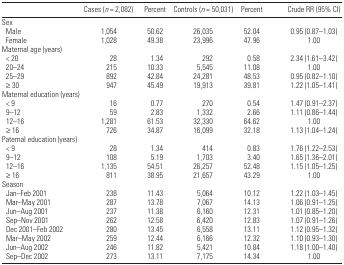
<table><thead><tr><td></td><td><b>Cases (<i>n</i> = 2,082)</b></td><td><b>Percent</b></td><td><b>Controls (<i>n</i> = 50,031)</b></td><td><b>Percent</b></td><td><b>Crude RR (95% CI)</b></td></tr></thead><tbody><tr><td colspan="6">Sex</td></tr><tr><td> Male</td><td>1,054</td><td>50.62</td><td>26,035</td><td>52.04</td><td>0.95 (0.87–1.03)</td></tr><tr><td> Female</td><td>1,028</td><td>49.38</td><td>23,996</td><td>47.96</td><td>1.00</td></tr><tr><td colspan="6">Maternal age (years)</td></tr><tr><td> &lt; 20</td><td>28</td><td>1.34</td><td>292</td><td>0.58</td><td>2.34 (1.61–3.42)</td></tr><tr><td> 20–24</td><td>215</td><td>10.33</td><td>5,545</td><td>11.08</td><td>1.00</td></tr><tr><td> 25–29</td><td>892</td><td>42.84</td><td>24,281</td><td>48.53</td><td>0.95 (0.82–1.10)</td></tr><tr><td> ≥30</td><td>947</td><td>45.49</td><td>19,913</td><td>39.81</td><td>1.22 (1.05–1.41)</td></tr><tr><td colspan="6">Maternal education (years)</td></tr><tr><td> &lt; 9</td><td>16</td><td>0.77</td><td>270</td><td>0.54</td><td>1.47 (0.91–2.37)</td></tr><tr><td> 9–12</td><td>59</td><td>2.83</td><td>1,332</td><td>2.66</td><td>1.11 (0.86–1.44)</td></tr><tr><td> 12–16</td><td>1,281</td><td>61.53</td><td>32,330</td><td>64.62</td><td>1.00</td></tr><tr><td> ≥16</td><td>726</td><td>34.87</td><td>16,099</td><td>32.18</td><td>1.13 (1.04–1.24)</td></tr><tr><td colspan="6">Paternal education (years)</td></tr><tr><td> &lt; 9</td><td>28</td><td>1.34</td><td>414</td><td>0.83</td><td>1.76 (1.22–2.53)</td></tr><tr><td> 9–12</td><td>108</td><td>5.19</td><td>1,703</td><td>3.40</td><td>1.65 (1.36–2.01)</td></tr><tr><td> 12–16</td><td>1,135</td><td>54.51</td><td>26,257</td><td>52.48</td><td>1.15 (1.05–1.25)</td></tr><tr><td> ≥16</td><td>811</td><td>38.95</td><td>21,657</td><td>43.29</td><td>1.00</td></tr><tr><td colspan="6">Season</td></tr><tr><td> Jan–Feb 2001</td><td>238</td><td>11.43</td><td>5,064</td><td>10.12</td><td>1.22 (1.03–1.45)</td></tr><tr><td> Mar–May 2001</td><td>287</td><td>13.78</td><td>7,067</td><td>14.13</td><td>1.06 (0.91–1.25)</td></tr><tr><td> Jun–Aug 2001</td><td>237</td><td>11.38</td><td>6,160</td><td>12.31</td><td>1.01 (0.85–1.20)</td></tr><tr><td> Sep–Nov 2001</td><td>262</td><td>12.58</td><td>6,420</td><td>12.83</td><td>1.07 (0.91–1.26)</td></tr><tr><td> Dec 2001–Feb 2002</td><td>280</td><td>13.45</td><td>6,558</td><td>13.11</td><td>1.12 (0.95–1.32)</td></tr><tr><td> Mar–May 2002</td><td>259</td><td>12.44</td><td>6,166</td><td>12.32</td><td>1.10 (0.93–1.30)</td></tr><tr><td> Jun–Aug 2002</td><td>246</td><td>11.82</td><td>5,421</td><td>10.84</td><td>1.18 (1.00–1.40)</td></tr><tr><td> Sep–Dec 2002</td><td>273</td><td>13.11</td><td>7,175</td><td>14.34</td><td>1.00</td></tr></tbody></table>